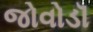
જોવોડૉ